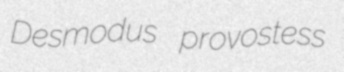
Desmodus provostess